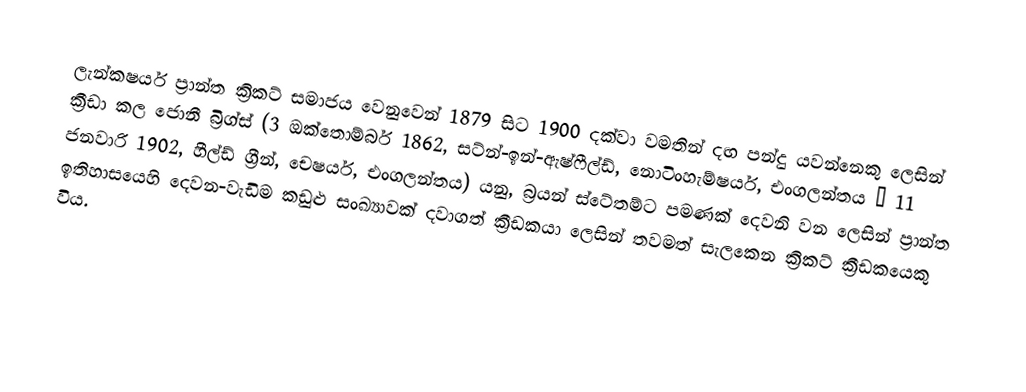
ලැන්කෂයර් ප්‍රාන්ත ක්‍රිකට් සමාජය වෙනුවෙන් 1879 සිට 1900 දක්වා  වමතින් දඟ පන්දු යවන්නෙකු ලෙසින් ක්‍රීඩා කල ජොනී බ්‍රිග්ස් (3 ඔක්තොම්බර් 1862, සට්න්-ඉන්-ඇෂ්ෆීල්ඩ්, නොටිංහැම්ෂයර්, එංගලන්තය – 11 ජනවාරි 1902, හීල්ඩ් ග්‍රීන්, චෙෂයර්, එංගලන්තය) යනු,  බ්‍රයන් ස්ටේතම්ට පමණක් දෙවනි වන ලෙසින් ප්‍රාන්ත ඉතිහාසයෙහි දෙවන-වැඩිම කඩුළු සංඛ්‍යාවක් දවාගත් ක්‍රීඩකයා ලෙසින් තවමත් සැලකෙන ක්‍රිකට් ක්‍රීඩකයෙකු විය.